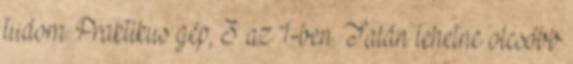
tudom. Praktikus gép, 3 az 1-ben. Talán lehetne olcsóbb